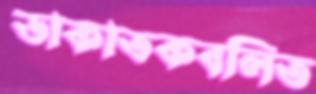
ডাকাতকবলিত